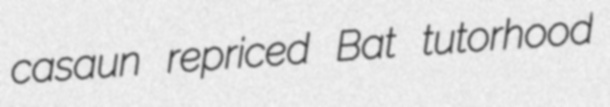
casaun repriced Bat tutorhood